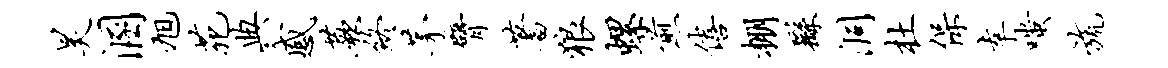
昊溷旭苑典感蕨终茅臂蓍狼螺煎僖棚繇洞杜保幸嗤旒